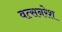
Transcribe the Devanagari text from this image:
वत्सनरेश